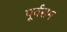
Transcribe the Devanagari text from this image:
पूर्वराम